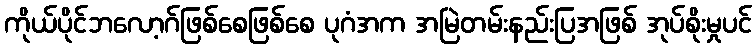
ကိုယ်ပိုင်ဘလော့ဂ်ဖြစ်စေဖြစ်စေ ပုဂံအက အမြဲတမ်းနည်းပြအဖြစ် အုပ်စိုးမှုပင်